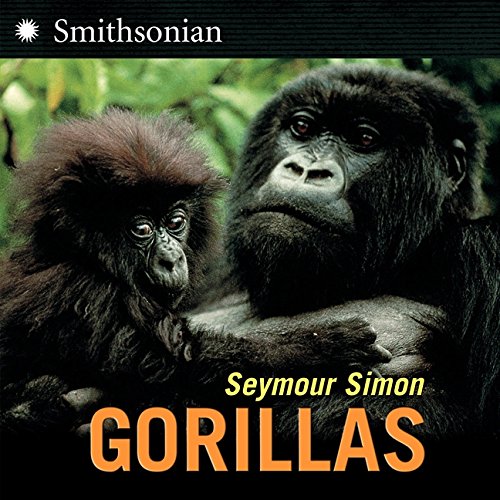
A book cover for Gorillas; Seymour Simon; Children's Books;